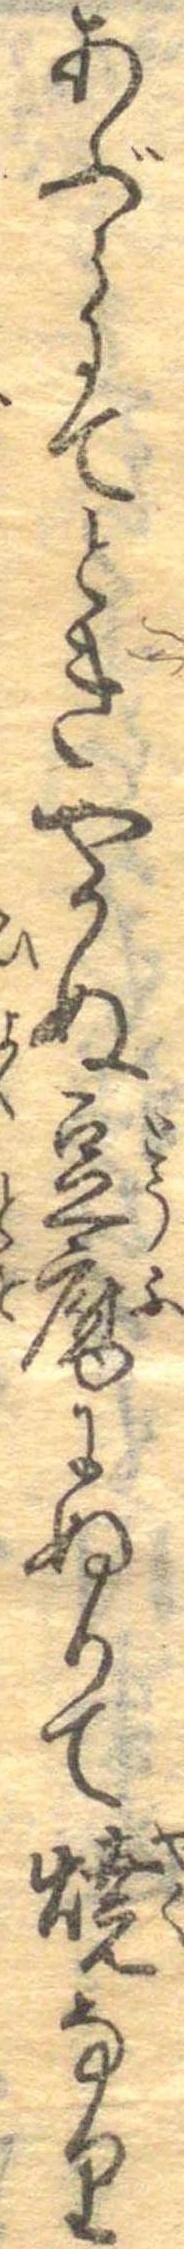
あぶらにてときやかぬ豆腐にぬりて焼なり